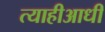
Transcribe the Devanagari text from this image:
त्याहीआधी